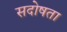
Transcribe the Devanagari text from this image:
सदोषता